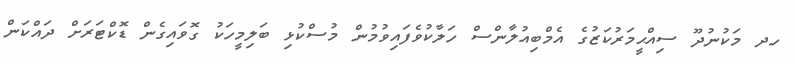
ހދ މަކުނުދޫ ސިއްޙީމަރުކަޒުގެ އެމްބިއުލާންސް ހަލާކުވެފައިވުމުން މުސްކުޅި ބަލިމީހަކު ގޮވައިގެން ޑޮކްޓަރަށް ދައްކަން